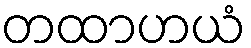
တထာဟယံ